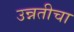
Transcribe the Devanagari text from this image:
उन्नतीचा